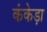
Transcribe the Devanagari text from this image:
कंकेड़ा